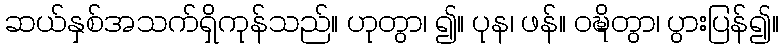
ဆယ်နှစ်အသက်ရှိကုန်သည်။ ဟုတွာ၊ ၍။ ပုန၊ ဖန်။ ဝဍ္ဎိတွာ၊ ပွားပြန်၍။